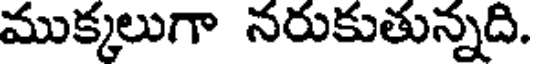
ముక్కలుగా నరుకుతున్నది.